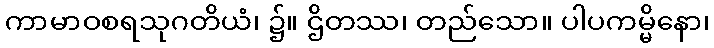
ကာမာဝစရသုဂတိယံ၊ ၌။ ဌိတဿ၊ တည်သော။ ပါပကမ္မိနော၊